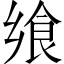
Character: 飨